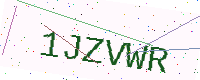
Text: 1JZVWR